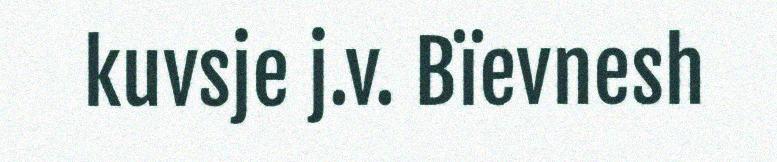
kuvsje j.v. Bïevnesh